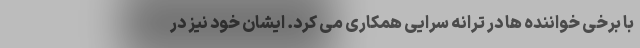
با برخی خواننده ها در ترانه سرایی همکاری می کرد. ایشان خود نیز در